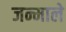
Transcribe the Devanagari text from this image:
जन्माले